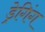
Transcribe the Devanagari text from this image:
ड्रेगिंग